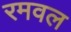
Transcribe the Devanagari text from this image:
रमवल